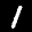
Label: 1